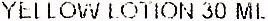
YELLOW LOTION 30 ML